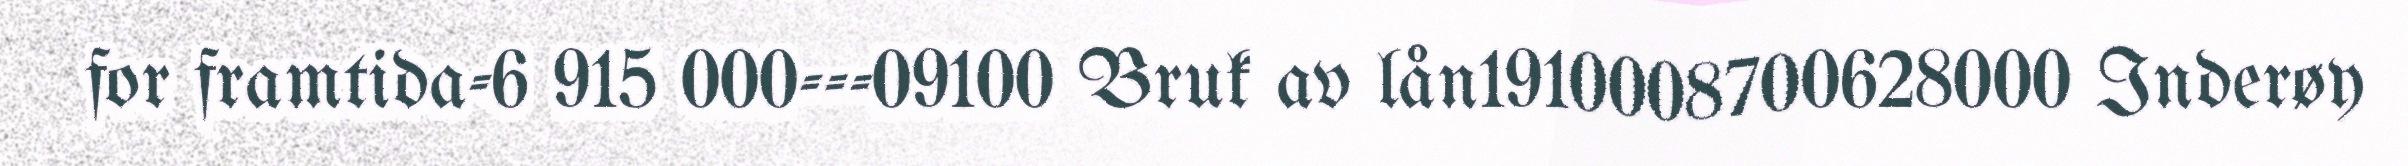
for framtida-6 915 000---09100 Bruk av lån1910008700628000 Inderøy